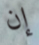
إن